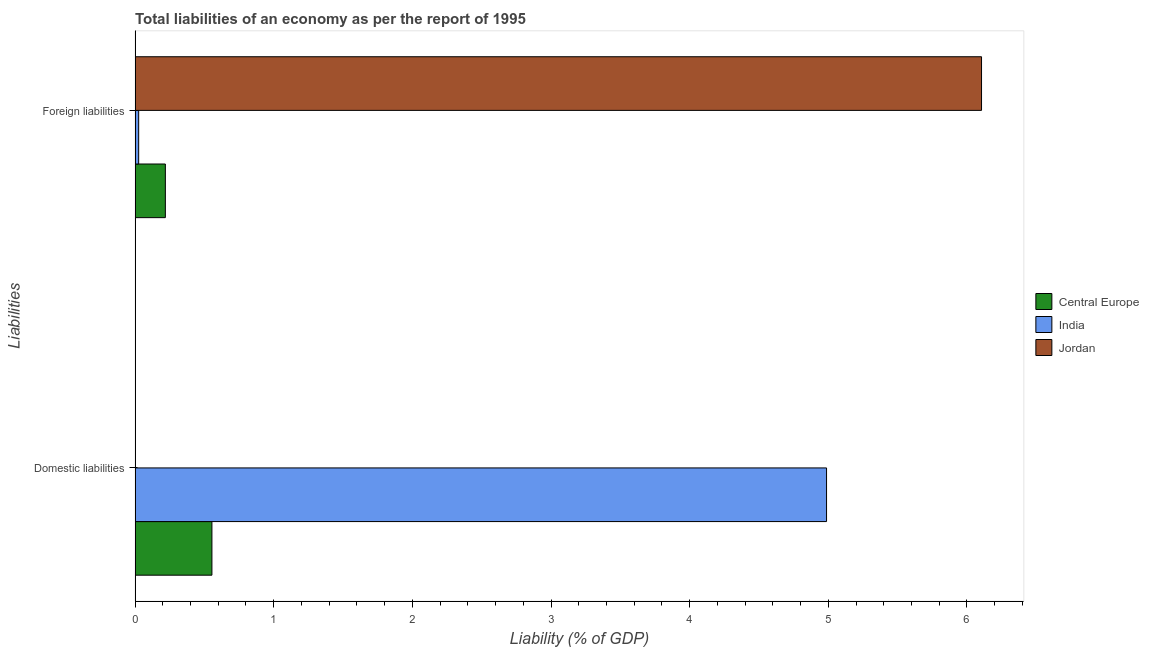
| Liabilities | Central Europe | India | Jordan |
 | --- | --- | --- | --- |
 | Domestic liabilities | 0.554 | 4.99 | -2.52 |
 | Foreign liabilities | 0.218 | 0.0261 | 6.11 |